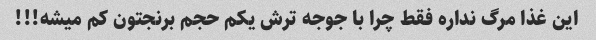
این غذا مرگ نداره فقط چرا با جوجه ترش یکم حجم برنجتون کم میشه!!!